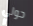
حولي